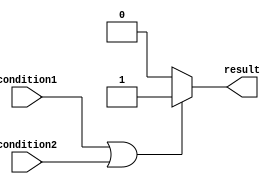
module conditional_statement (
    input wire condition1,
    input wire condition2,
    output reg result
);

always @(*) begin
    if (condition1 || condition2) begin
        // code block if condition1 or condition2 is true
        result <= 1;
    end
    else begin
        // code block if neither condition1 nor condition2 is true
        result <= 0;
    end
end

endmodule